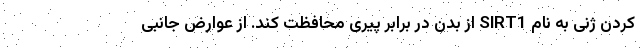
کردن ژنی به نام SIRT1 از بدن در برابر پیری محافظت کند. از عوارض جانبی